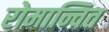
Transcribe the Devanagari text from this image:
रोमान्चित